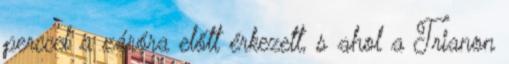
perccel a záróra előtt érkezett, s ahol a Trianon